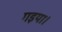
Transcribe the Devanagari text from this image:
गइया।